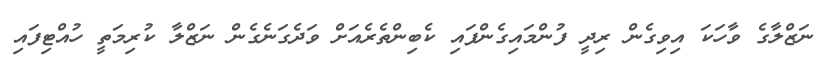
ނަޒްލާގެ ވާހަކަ އިވިގެން ރިދީ ފުންމައިގެންފައި ކެބިންތެރެއަށް ވަދެގަނެގެން ނަޒްލާ ކުރިމަތީ ހުއްޓިފައި